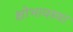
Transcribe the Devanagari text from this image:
क्षोभावस्था